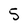
Character: S